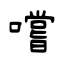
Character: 嚐